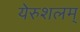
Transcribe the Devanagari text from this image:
येरुशलम्